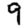
Digit: 9